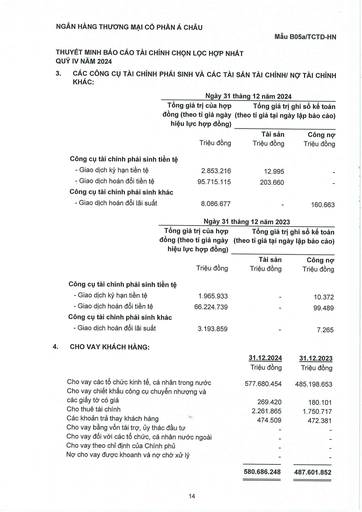
||Ngày 31|tháng 12 năm 2024|| |---|---|---|---| ||Tổng giá trị của hợp đồng (theo tỷ giá ngày hiệu lực hợp đồng)|Tổng giá trị (theo tỷ giá tại ngày|ghi sổ kế toán lập báo cáo)| ||Triệu đồng|Tài sản Triệu đồng|Công nợ Triệu đồng| |Công cụ tài chính phái sinh|tiền tệ||| |- Giao dịch kỳ hạn tiền tệ|2.853.216|12.995|| |Giao dịch hoán đổi tiền tệ|95.715.115|203.660|| |Công cụ tài chính phái sinh|khác||| |- Giao dịch hoán đổi lãi suất|8.086.677||160.663| ||Ngày 31|tháng 12 năm 2023|| |---|---|---|---| ||Tổng giá trị của hợp đồng (theo tỷ giá ngày hiệu lực hợp đồng)|Tổng giá trị (theo tỷ giá tại ngày|ghi sổ kế toán lập báo cáo)| ||Triệu đồng|Tài sản Triệu đồng|Công nợ Triệu đồng| |Công cụ tài chính phái sinh|tiền tệ||| |- Giao dịch kỳ hạn tiền tệ|1.965.933|-|10.372| |Giao dịch hoán đổi tiền tệ|66.224.739|-|99.489| |Công cụ tài chính phái sinh|khác||| |Giao dịch hoán đổi lãi suất|3.193.859|-|7.265| ||31.12.2024|31.12.2023| |---|---|---| ||Triệu đồng|Triệu đồng| |Cho vay các tổ chức kinh tế, cá nhân trong nước|577.680.454|485.198.653| |Cho vay chiết khấu công cụ chuyển nhượng và các giấy tờ có giá|269.420|180.101| |Cho thuê tài chính|2.261.865|1.750.717| |Các khoản trả thay khách hàng|474.509|472.381| |Cho vay bằng vốn tài trợ, ủy thác đầu tư|-|| |Cho vay đối với các tổ chức, cá nhân nước ngoài|-|-| |Cho vay theo chỉ định của Chính phủ|-|-| |Nợ cho vay được khoanh và nợ chờ xử lý||| ||580.686.248|487.601.852|